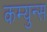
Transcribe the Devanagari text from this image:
कम्युन्स